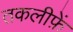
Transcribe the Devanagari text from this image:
तकलीफ़ें